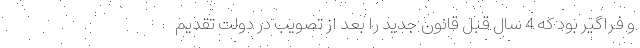
و فراگیر بود که 4 سال قبل قانون جدید را بعد از تصویب در دولت تقدیم